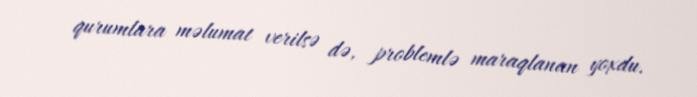
qurumlara məlumat verilsə də, problemlə maraqlanan yoxdu.